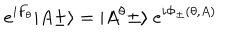
LaTeX: e ^ { i F _ { \theta } } \vert A \pm \rangle = \vert A ^ { \theta } \pm \rangle \ e ^ { i \Phi _ { \pm } ( \theta , A ) }